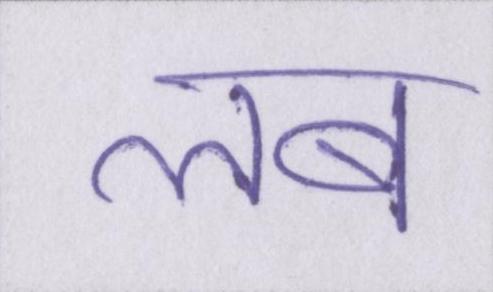
लब